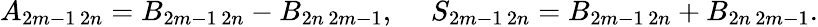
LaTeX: A_{2m-1\, 2n}=B_{2m-1\, 2n}-B_{2n\, 2m-1},~~~~~S_{2m-1\, 2n}=B_{2m-1\, 2n}+B_{2n\, 2m-1}.